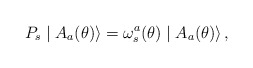
\begin{align*}P_{s}\mid A_{a}(\theta)\rangle =\omega_{s}^{a}(\theta) \mid A_{a}(\theta)\rangle\,,\end{align*}